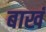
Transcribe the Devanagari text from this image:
बाखं